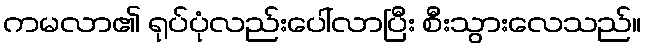
ကမလာ၏ ရုပ်ပုံလည်းပေါ်လာပြီး စီးသွားလေသည်။